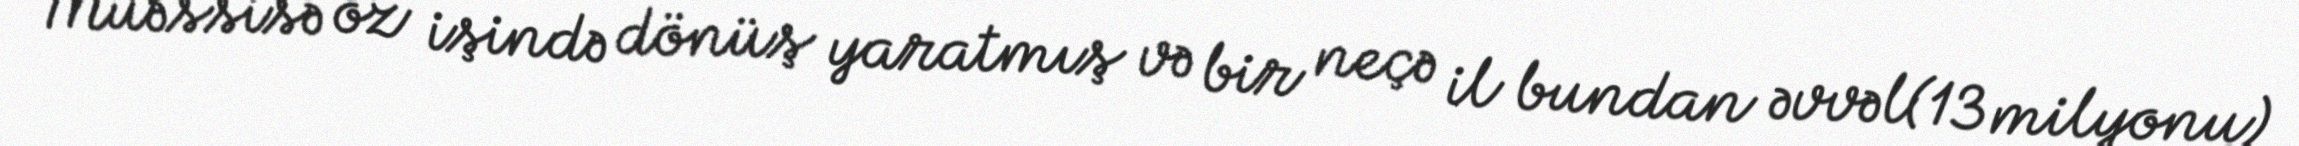
Müəssisə öz işində dönüş yaratmış və bir neçə il bundan əvvəl(13 milyonu)